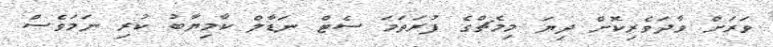
ވަރަށް ވާދަވެރިކޮށް ދިޔަ މިމެޗްގެ ފުރަތަމަ ސެޓް ނަޑާލް ކާމިޔާބު ކުރި ނަމަވެސް